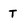
Character: T